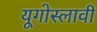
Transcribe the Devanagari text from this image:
यूगोस्लावी